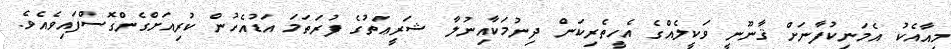
މިއާއެކު އެމަނިކުފާނަށް ޤާނޫނީ ވަކީލެއްގެ އެހީތެރިކަން ދިނުމަކާއިނުލާ ޝަރީޢަތުގެ ފުރަތަމަ އަޑުއެހުން ކުރިއަށްގެންގޮސްފައިވެއެވެ.